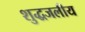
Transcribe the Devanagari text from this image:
शुद्धजलीय